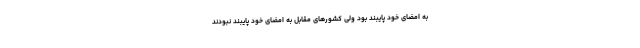
به امضای خود پایبند بود ولی کشورهای مقابل به امضای خود پایبند نبودند